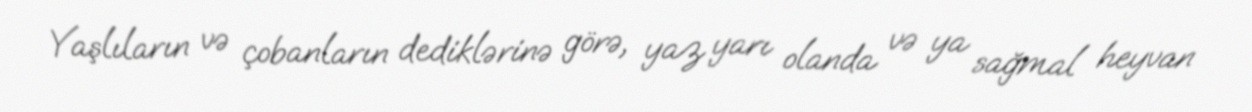
Yaşlıların və çobanların dediklərinə görə, yaz yarı olanda və ya sağmal heyvan